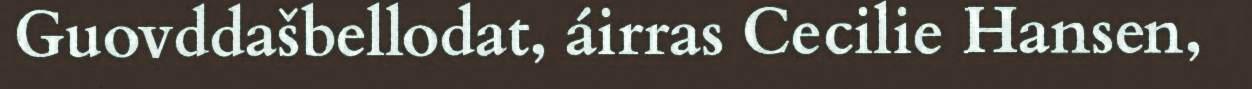
Guovddašbellodat, áirras Cecilie Hansen,